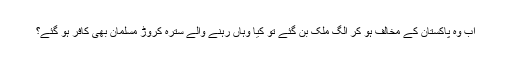
اب وہ پاکستان کے مخالف ہو کر الگ ملک بن گئے تو کیا وہاں رہنے والے سترہ کروڑ مسلمان بھی کافر ہو گئے؟